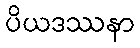
ပိယဒဿနာ